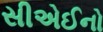
સીએઈનો